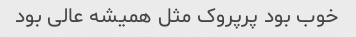
خوب بود پرپروک مثل همیشه عالی بود